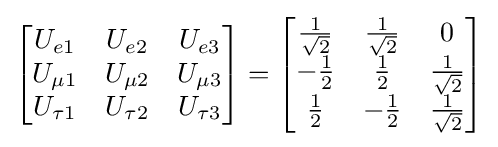
{\begin{bmatrix}U_{e1}&U_{e2}&U_{e3}\\U_{\mu 1}&U_{\mu 2}&U_{\mu 3}\\U_{\tau 1}&U_{\tau 2}&U_{\tau 3}\end{bmatrix}}={\begin{bmatrix}{\frac {1}{\sqrt {2}}}&{\frac {1}{\sqrt {2}}}&0\\-{\frac {1}{2}}&{\frac {1}{2}}&{\frac {1}{\sqrt {2}}}\\{\frac {1}{2}}&-{\frac {1}{2}}&{\frac {1}{\sqrt {2}}}\end{bmatrix}}